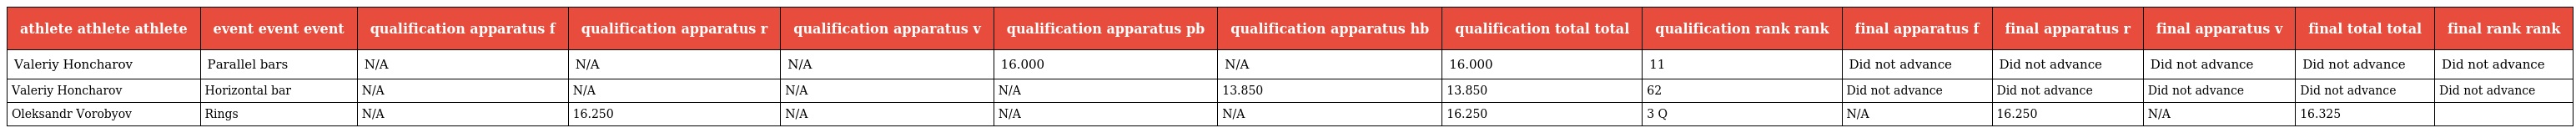
| athlete athlete athlete | event event event | qualification apparatus f | qualification apparatus r | qualification apparatus v | qualification apparatus pb | qualification apparatus hb | qualification total total | qualification rank rank | final apparatus f | final apparatus r | final apparatus v | final total total | final rank rank |
 | --- | --- | --- | --- | --- | --- | --- | --- | --- | --- | --- | --- | --- | --- |
 | Valeriy Honcharov | Parallel bars | N/A | N/A | N/A | 16.000 | N/A | 16.000 | 11 | Did not advance | Did not advance | Did not advance | Did not advance | Did not advance |
 | Valeriy Honcharov | Horizontal bar | N/A | N/A | N/A | N/A | 13.850 | 13.850 | 62 | Did not advance | Did not advance | Did not advance | Did not advance | Did not advance |
 | Oleksandr Vorobyov | Rings | N/A | 16.250 | N/A | N/A | N/A | 16.250 | 3 Q | N/A | 16.250 | N/A | 16.325 |  |